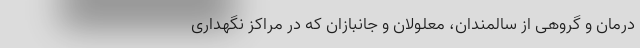
درمان و گروهی از سالمندان، معلولان و جانبازان که در مراکز نگهداری